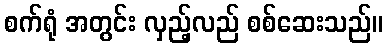
စက်ရုံ အတွင်း လှည့်လည် စစ်ဆေးသည်။